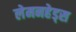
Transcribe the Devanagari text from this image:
लेमनहेड्स